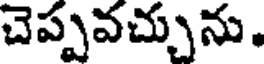
చెప్పవచ్చును.